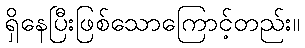
ရှိနေပြီးဖြစ်သောကြောင့်တည်း။